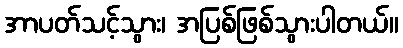
အာပတ်သင့်သွား၊ အပြစ်ဖြစ်သွားပါတယ်။